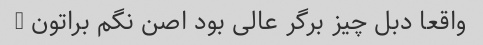
واقعا دبل چیز برگر عالی بود اصن نگم براتون …